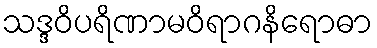
သဒ္ဒဝိပရိဏာမဝိရာဂနိရောဓာ